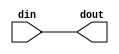
// ***************************************************************************
// ***************************************************************************
// Copyright 2014 - 2017 (c) Analog Devices, Inc. All rights reserved.
//
// In this HDL repository, there are many different and unique modules, consisting
// of various HDL (Verilog or VHDL) components. The individual modules are
// developed independently, and may be accompanied by separate and unique license
// terms.
//
// The user should read each of these license terms, and understand the
// freedoms and responsibilities that he or she has by using this source/core.
//
// This core is distributed in the hope that it will be useful, but WITHOUT ANY
// WARRANTY; without even the implied warranty of MERCHANTABILITY or FITNESS FOR
// A PARTICULAR PURPOSE.
//
// Redistribution and use of source or resulting binaries, with or without modification
// of this file, are permitted under one of the following two license terms:
//
//   1. The GNU General Public License version 2 as published by the
//      Free Software Foundation, which can be found in the top level directory
//      of this repository (LICENSE_GPL2), and also online at:
//      <https://www.gnu.org/licenses/old-licenses/gpl-2.0.html>
//
// OR
//
//   2. An ADI specific BSD license, which can be found in the top level directory
//      of this repository (LICENSE_ADIBSD), and also on-line at:
//      https://github.com/analogdevicesinc/hdl/blob/master/LICENSE_ADIBSD
//      This will allow to generate bit files and not release the source code,
//      as long as it attaches to an ADI device.
//
// ***************************************************************************
// ***************************************************************************

`timescale 1ns/100ps

module alt_ifconv #(

  // parameters

  parameter   WIDTH = 1,
  parameter   INTERFACE_NAME_IN = "input-interface-name",
  parameter   INTERFACE_NAME_OUT = "output-interface-name",
  parameter   SIGNAL_NAME_IN = "input-signal-name",
  parameter   SIGNAL_NAME_OUT = "output-signal-name") (

  // bad tools - ugly stuff

  input   [(WIDTH-1):0]  din,
  output  [(WIDTH-1):0]  dout);

  // avoiding qsys signal conflicts

  assign dout = din;

endmodule

// ***************************************************************************
// ***************************************************************************